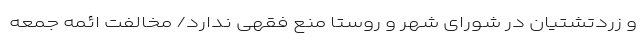
و زردتشتیان در شورای شهر و روستا منع فقهی ندارد/ مخالفت ائمه جمعه